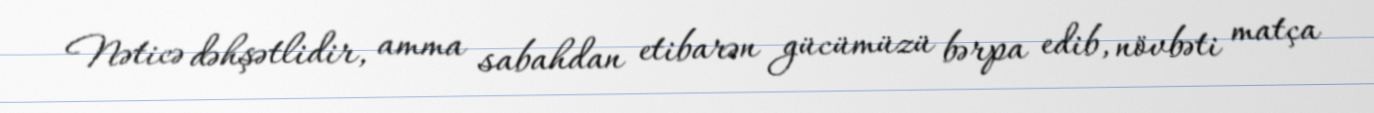
Nəticə dəhşətlidir, amma sabahdan etibarən gücümüzü bərpa edib, növbəti matça